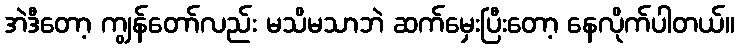
အဲဒီတော့ ကျွန်တော်လည်း မသိမသာဘဲ ဆက်မှေးပြီးတော့ နေလိုက်ပါတယ်။